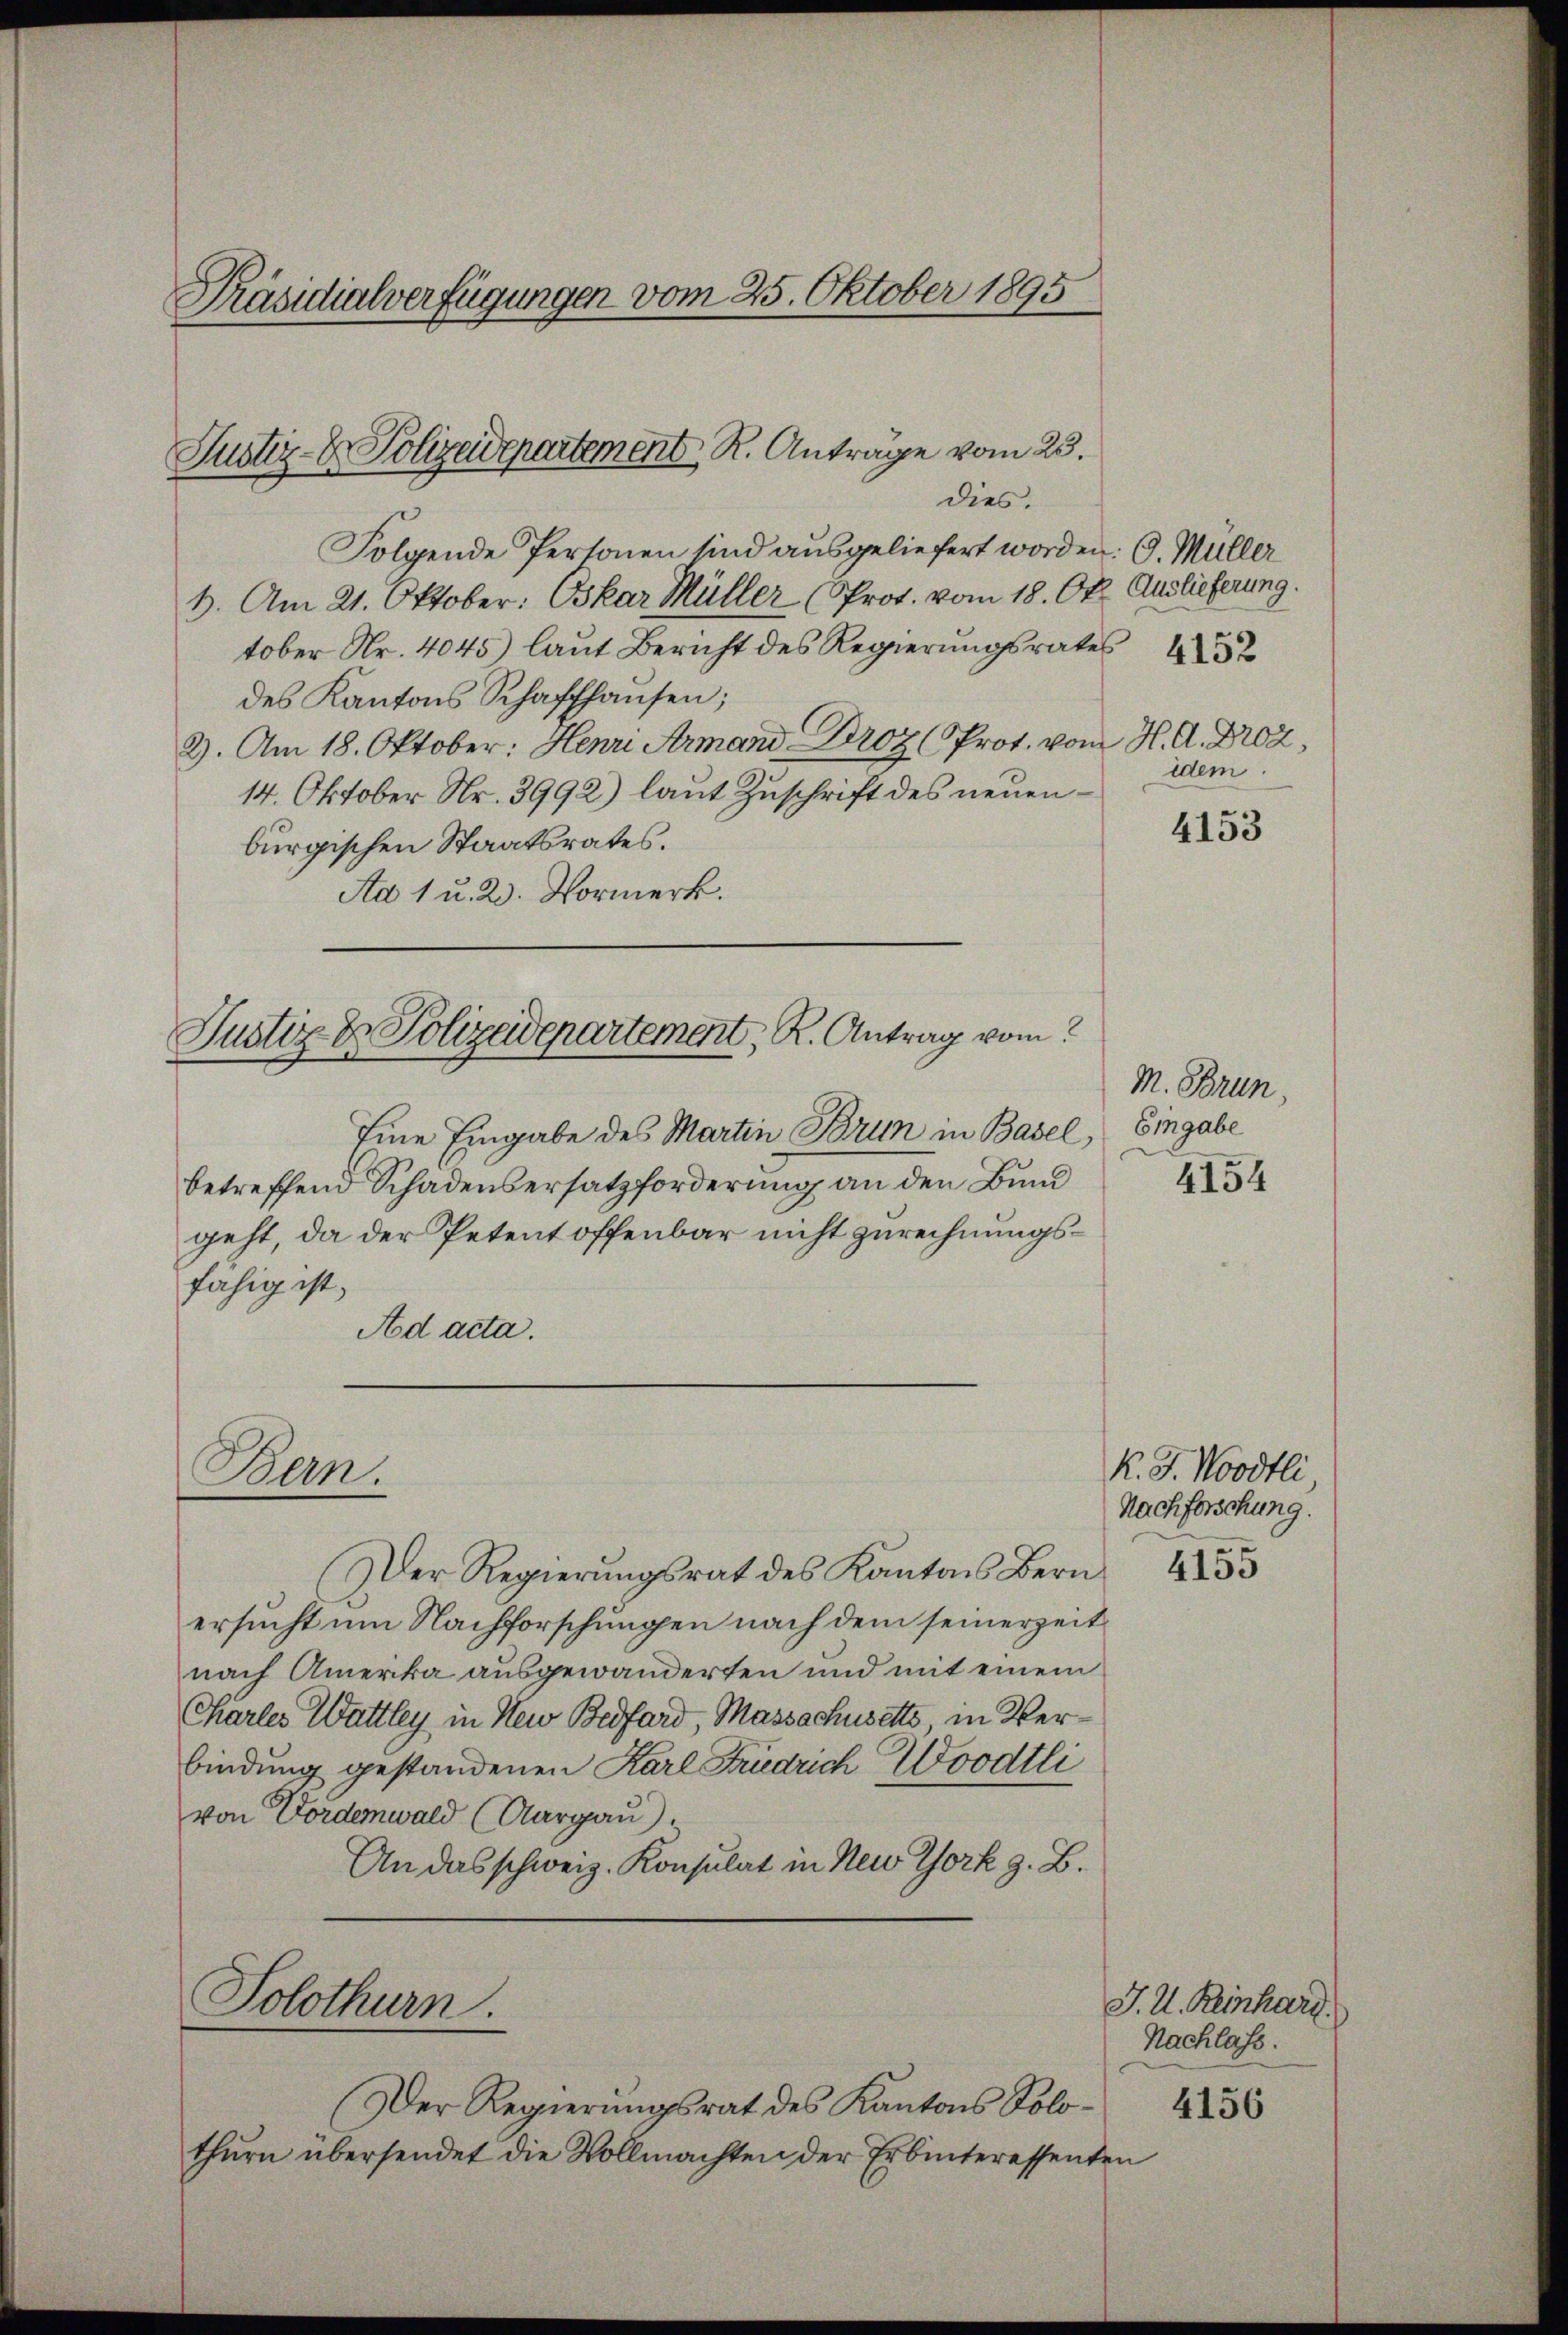
Präsidialverfügungen vom 25. Oktober 1895

Justiz- & Polizeidepartement R. Anträge vom 23.

dies.
Folgende Personen sind ausgeliefert worden. G. Müller
6. Am 21. Oktober. Oskar Müller (Prot. vom 18. Okt. Auslieferung.
tober Nr. 4045) laut Bericht des Regierungsrates
des Kantons Schaffhausen;
2). Am 18. Oktober: Henri Armand Droz (Prot. vom H. A. Droz.
14. Oktober Nr. 3992) laut Zuschrift des neuenburgischen Staatsrates.
Ad 1 u. 2. Vormerk.
Justiz & Polizeidepartement, R. Antrag vom
Eine Eingabe des Martin Brun in Basel,
betreffend Schadensersatzforderung an den Bund
geht, da der Petent offenbar nicht zurechnungsfähig ist,
Ad acta.

E
Bern.

(Der Regierŭngsrat des Kantons Bern
ersucht um Nachforschungen nach dem seinerzeit
nach Amerika ausgewanderten und mit einem
Charler Wattley, in New Bedfard, Massschusetto in Verbindung gestandenen Karl Friedrich Woodtli
von Fordemwald (Aargau).
An das schweiz. Konsulat in New York z. B.
Solothurn.
Der Regierungsrat des Kantons Solothurn übersendet die Vollmachten der Erbinteressenten

4152
idem.

4153

M. Brun,
Eingabe

4154

K. J. Woodtli
Nachforschung.
4155

J. K. Reinhard.
Nachlass.
4156